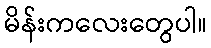
မိန်းကလေးတွေပါ။